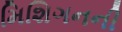
મિશિગનની